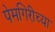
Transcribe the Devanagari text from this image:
पेमगिरीच्या